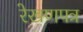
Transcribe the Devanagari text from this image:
रेखणपत्र